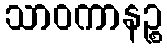
သာဝကာနဉ္စ